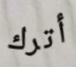
أترك